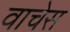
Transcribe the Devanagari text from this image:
वाचेस